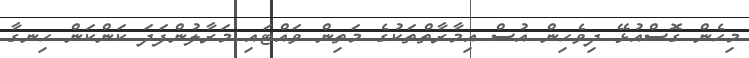
މިހެން ގޮސްއުޅޭ ދިވެހިން އުސް އިމާރާތްތަކުގެ މަތިން ވައްޓައި މަރާލުންފަދަ ކަންކަން ހިނގާ